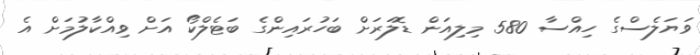
ވަޔަލެސްގެ ހިއްސާ 580 މިލިއަން ޑޮލަރަށް ބަހުރައިންގެ ބަޓެލްކޯ އަށް ވިއްކާލުމަށް އެ